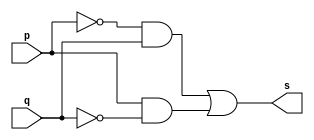
// --------------------- 
// Exercicio0006 - xor 
// Nome: Filipe Viana de Miranda 
// --------------------- 
// --------------------- 
// -- xor gate 
// --------------------- 
module xorgate (output s,input  p,input  q); 
assign s = (~p&q) | (p&~q); 
endmodule // xor 
// --------------------- 
// -- test xorgate 
// --------------------- 
module testxorgate; 
// ------------------------- dados locais 
reg  a,b; // definir registrador 
wire s; // definir conexao (fio) 
// ------------------------- instancia 
xorgate XOR1 (s, a, b); 
// ------------------------- preparacao 
initial begin:start 
a=0; b=0;  
end 
// ------------------------- parte principal 
initial begin:main 
$display("Exercicio0006 - Filipe Viana de Miranda - 446415"); 
$display("Test xor gate"); 
$display("\n a + b = s\n"); 
$monitor("%b + %b = %b", a, b, s); 
#1 a=0; b=0; 
#1 a=0; b=1; 
#1 a=1; b=0; 
#1 a=1; b=1;  
end 
endmodule // testxorgate